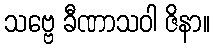
သဗ္ဗေ ခီဏာသဝါ ဇိနာ။